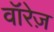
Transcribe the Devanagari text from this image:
वॉरेज़